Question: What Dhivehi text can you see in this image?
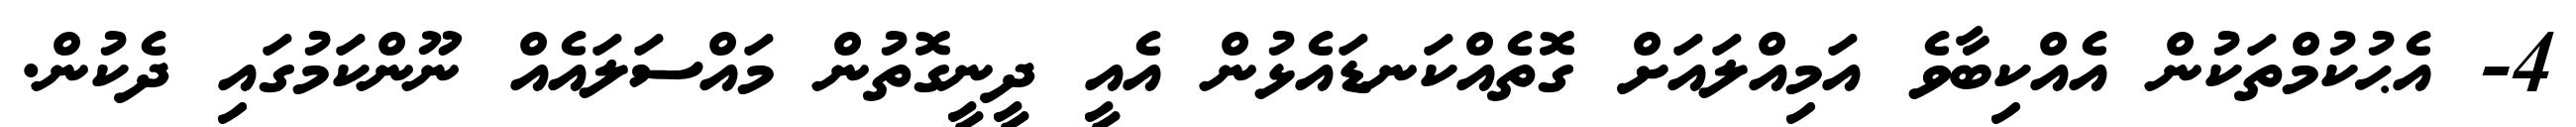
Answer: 4- އެޙުކުމްތަކުން އެއްކިބާވެ އަމިއްލައަށް ގޮތެއްކަނޑައެޅުން އެއީ ދީނީގޮތުން މައްސަލައެއް ނޫންކަމުގައި ދެކުން.